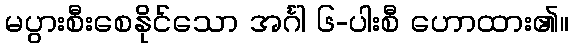
မပွားစီးစေနိုင်သော အင်္ဂါ ၆-ပါးစီ ဟောထား၏။